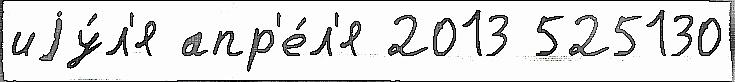
иjу́л'я апр'е́л'я 2013 525130